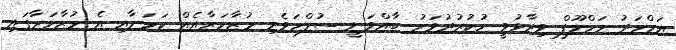
އަހްމަދު މަހްލޫފް ވިދާޅުވީ ހުކުރުދުވަހު ބާއްވަނީ ސުލްހަވެރި މުޒާހަރާއެއް ކަމަށާއި އެ މުޒާހަރާގައި